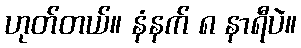
ဟုတ်တယ်။ နံနက် ၈ နာရီပဲ။